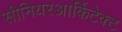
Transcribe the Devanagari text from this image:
सीनियरआर्किटेक्ट